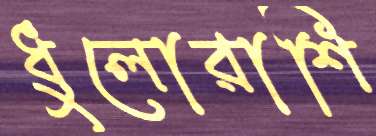
ধুলোরাশি